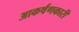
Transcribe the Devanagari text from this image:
आकर्षणकारी